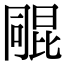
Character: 𣬑